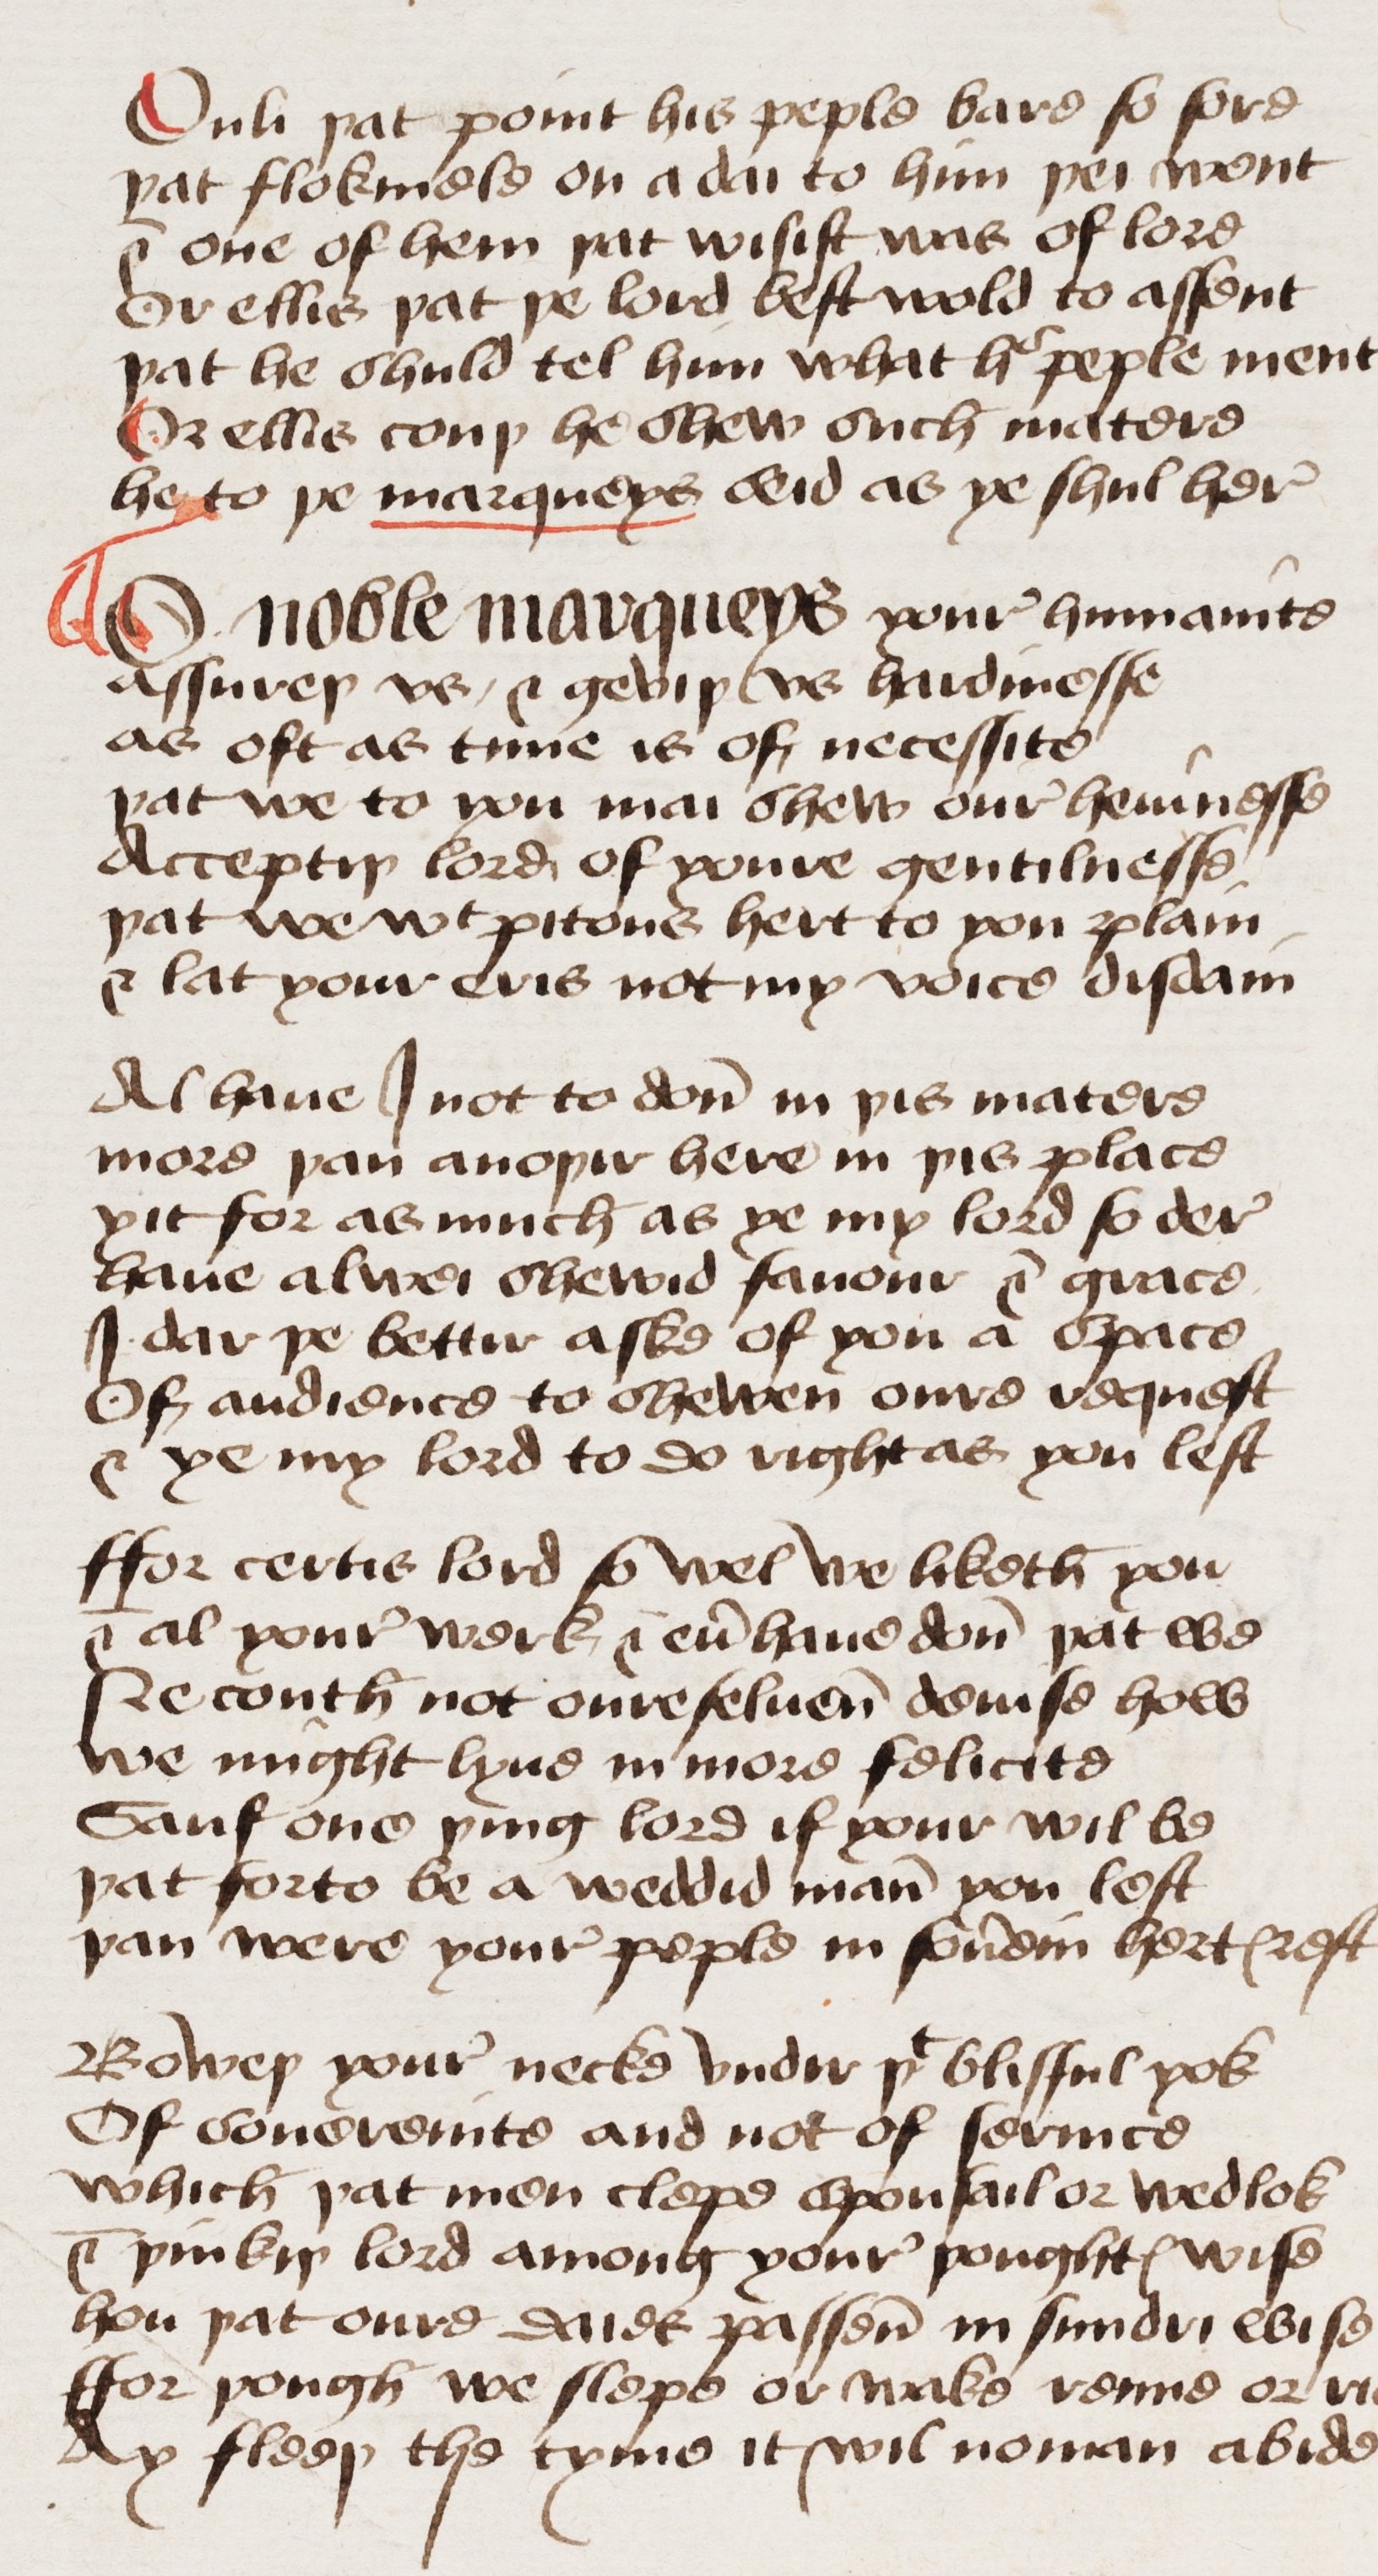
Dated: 1460–1499